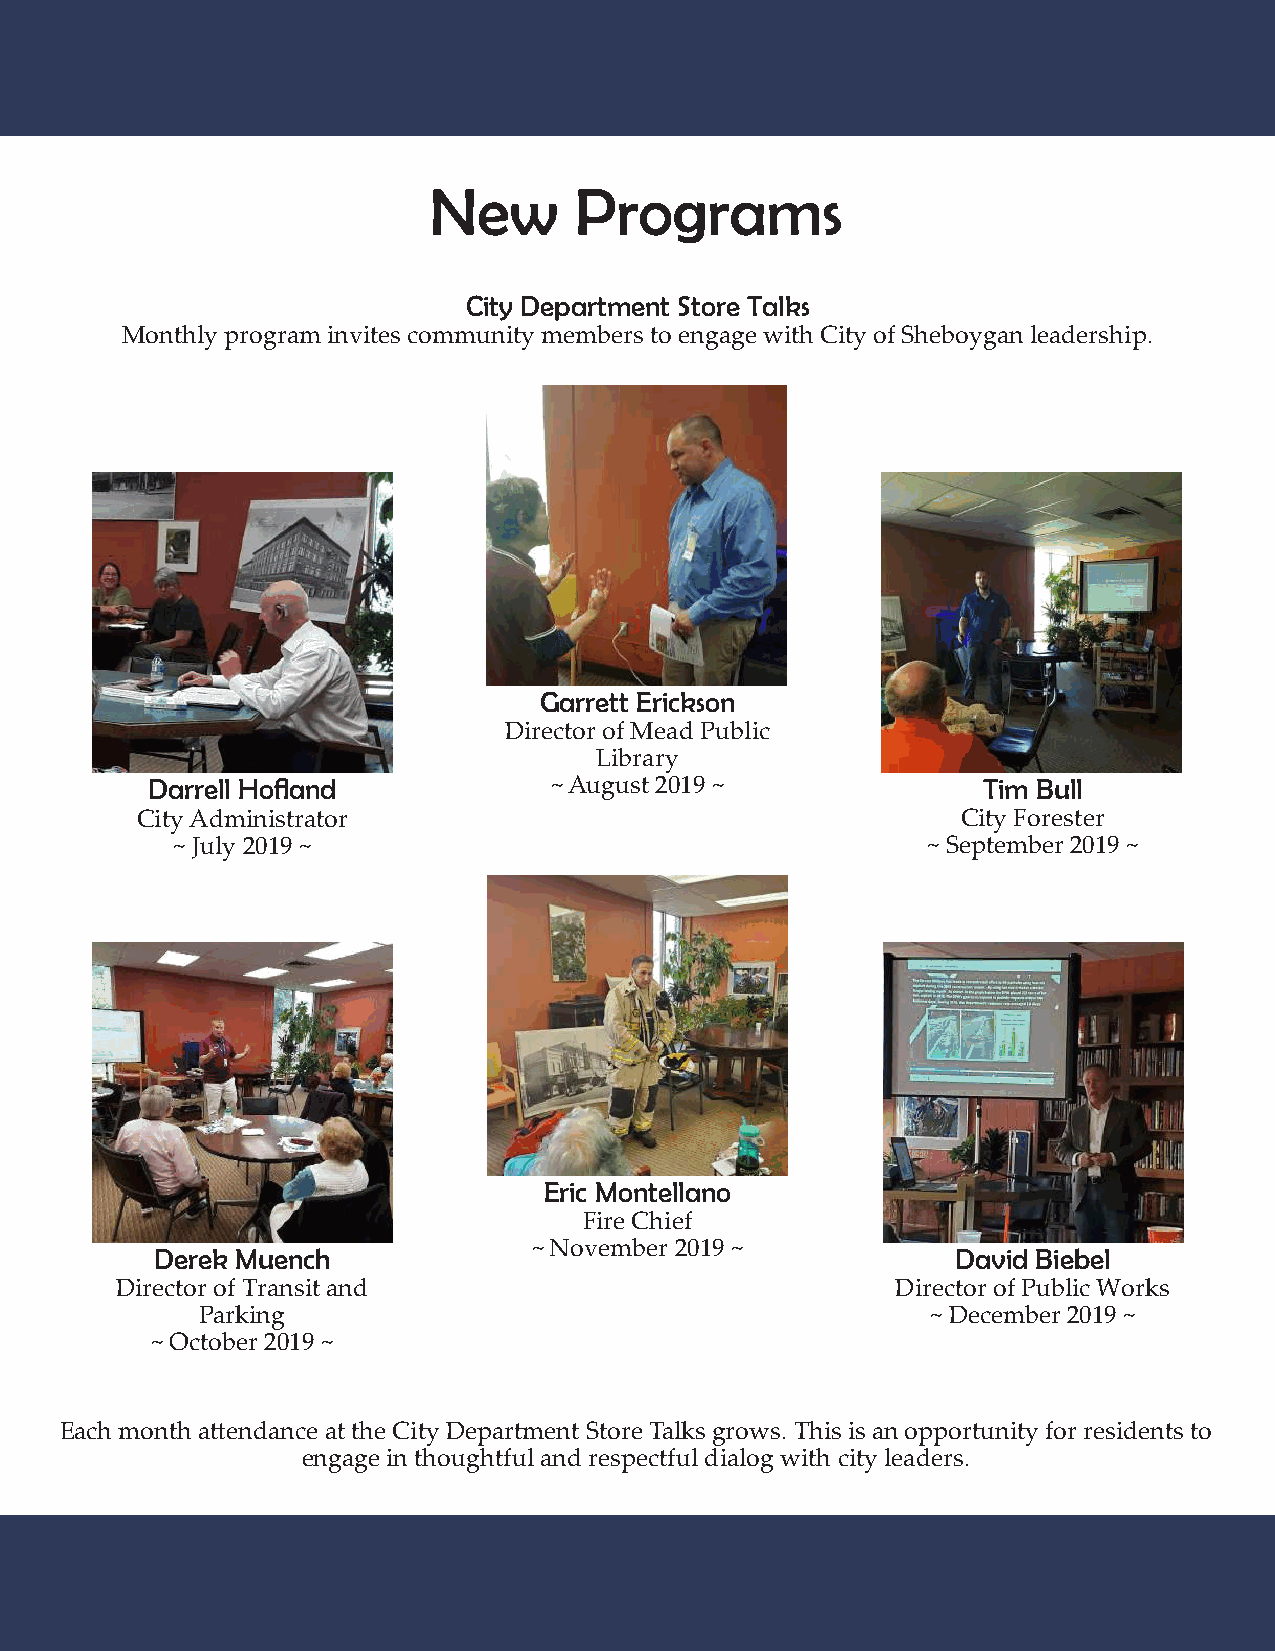
New       Programs
 City Department Store Talks
 Monthly program invites community members to engage with City of Sheboygan leadership.
 Garrett Erickson
 Director of Mead Public
 Library
 Darrell Hofland           ~ August 2019 ~              Tim Bull
 City Administrator                                     City Forester
 ~ July 2019 ~                                     ~ September 2019 ~
 Eric Montellano
 Fire Chief
 ~ November 2019 ~
 Derek Muench                                         David Biebel
 Director of Transit and                            Director of Public Works
 Parking                                          ~ December 2019 ~
 ~ October 2019 ~
 Each month attendance at the City Department Store Talks grows. This is an opportunity for residents to
 engage in thoughtful and respectful dialog with city leaders.